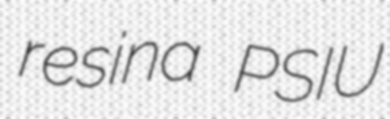
resina PSIU